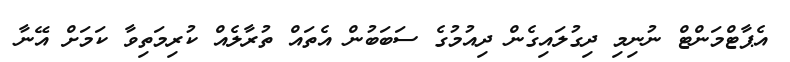
އެޕާޓްމަންޓް ނުނިމި ދިގުލައިގެން ދިއުމުގެ ސަބަބުން އެތައް ތުރާލެއް ކުރިމަތިވާ ކަމަށް އޭނާ